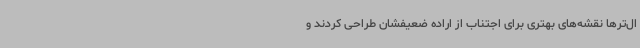
ال‌ترها نقشه‌های بهتری برای اجتناب از اراده ضعیفشان طراحی کردند و